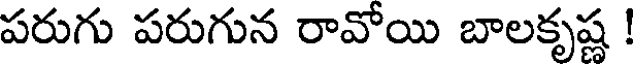
పరుగు పరుగున రావోయి బాలకృష్ణ